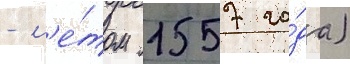
- л'е́том 1557 го́да)